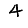
Digit: 4